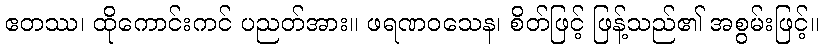
ဧတဿ၊ ထိုကောင်းကင် ပညတ်အား။ ဖရဏဝသေန၊ စိတ်ဖြင့် ဖြန့်သည်၏ အစွမ်းဖြင့်။